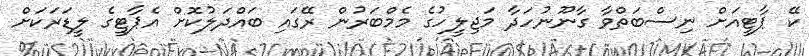
ކޭ ޕާޓީއަށް ނިސްބަތްވާ ގާނޫނުހަދާ މަޖިލީހުގެ މެމްބަރުން ރޭގައި ބައްދަލުކޮށް އެޕާޓީގެ ލީޑަރަކަށް